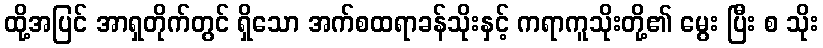
ထို့အပြင် အာရှတိုက်တွင် ရှိသော အက်စထရာခန်သိုးနှင့် ကရာကူသိုးတို့၏ မွေး ပြီး စ သိုး